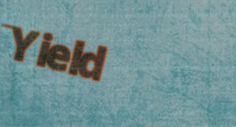
Yield